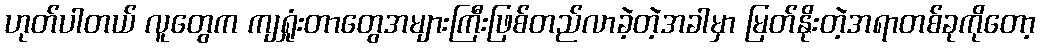
ဟုတ်ပါတယ် လူတွေက ကျရှုံးတာတွေအများကြီးဖြစ်တည်လာခဲ့တဲ့အခါမှာ မြတ်နိုးတဲ့အရာတစ်ခုကိုတော့